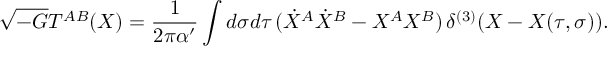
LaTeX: \sqrt { - G } T ^ { A B } ( X ) = \frac { 1 } { 2 \pi \alpha ^ { \prime } } \int d \sigma d \tau \, ( \dot { X } ^ { A } \dot { X } ^ { B } - X ^ { A } X ^ { B } ) \, \delta ^ { ( 3 ) } ( X - X ( \tau , \sigma ) ) .